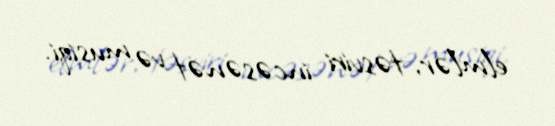
elmlər, təsviri incəsənət və musiqi.